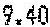
9.40